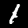
Digit: 1